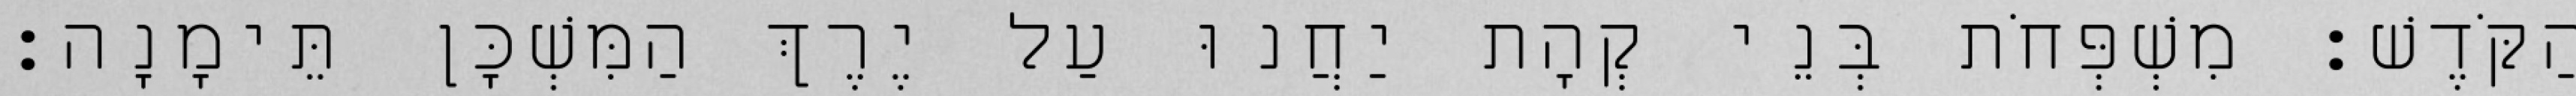
הַקֹּדֶשׁ׃ מִשְׁפְּחֹת בְּנֵי קְהָת יַחֲנוּ עַל יֶרֶךְ הַמִּשְׁכָּן תֵּימָנָה׃